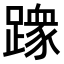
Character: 𫏢